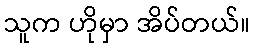
သူက ဟိုမှာ အိပ်တယ်။